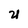
Character: U